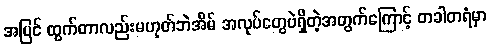
အပြင် ထွက်တာလည်းမဟုတ်ဘဲအိမ် အလုပ်တွေပဲရှိတဲ့အတွက်ကြောင့် တခါတရံမှာ